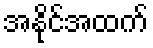
အနိုင်အထက်